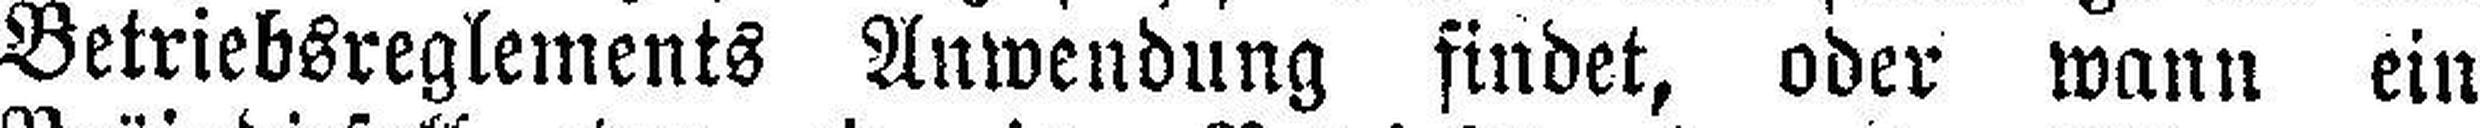
Betriebsreglements Anwendung findet, oder wann ein